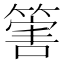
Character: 𥰶